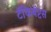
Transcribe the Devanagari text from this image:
टॅकिबॅप्टस